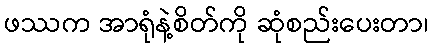
ဖဿက အာရုံနဲ့စိတ်ကို ဆုံစည်းပေးတာ၊